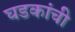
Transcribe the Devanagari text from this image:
घडकांची